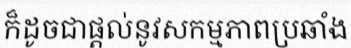
ក៏ដូចជាផ្តល់នូវសកម្មភាពប្រឆាំង